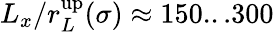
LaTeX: L_{x}/r_{L}^{\mathrm{up}}(\sigma)\approx 150...300